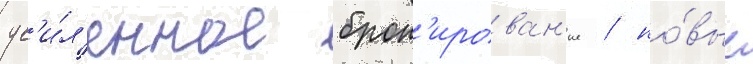
ус'и́л'енное брон'ирован'ие / но́вые